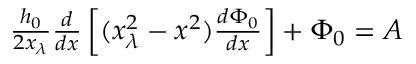
\begin{array} { r } { \frac { h _ { 0 } } { 2 x _ { \lambda } } \frac { d } { d x } \left[ ( x _ { \lambda } ^ { 2 } - x ^ { 2 } ) \frac { d \Phi _ { 0 } } { d x } \right] + \Phi _ { 0 } = A } \end{array}